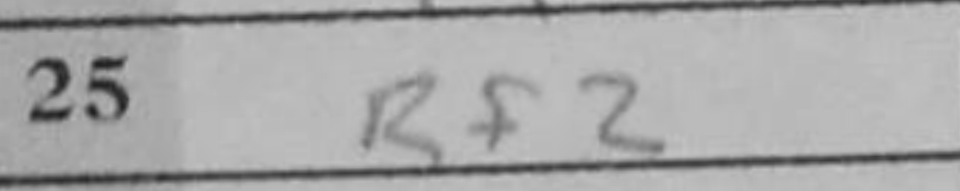
Transcription: Rf2